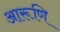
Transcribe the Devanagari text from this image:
आरूणि